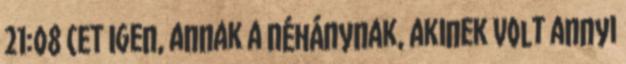
21:08 CET Igen, annak a néhánynak, akinek volt annyi